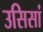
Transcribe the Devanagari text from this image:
उसिसां